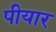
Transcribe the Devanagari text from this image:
पीयार